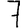
Digit: 7